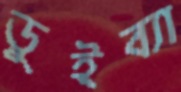
ডুইব্যা